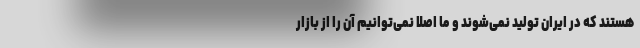
هستند که در ایران تولید نمی‌شوند و ما اصلا نمی‌توانیم آن را از بازار